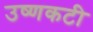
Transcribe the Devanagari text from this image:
उष्णकटी